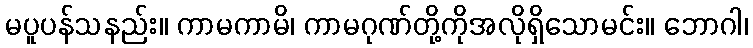
မပူပန်သနည်း။ ကာမကာမိ၊ ကာမဂုဏ်တို့ကိုအလိုရှိသောမင်း။ ဘောဂါ၊